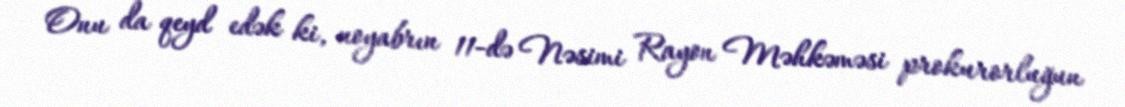
Onu da qeyd edək ki, noyabrın 11-də Nəsimi Rayon Məhkəməsi prokurorluğun